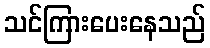
သင်ကြားပေးနေသည်